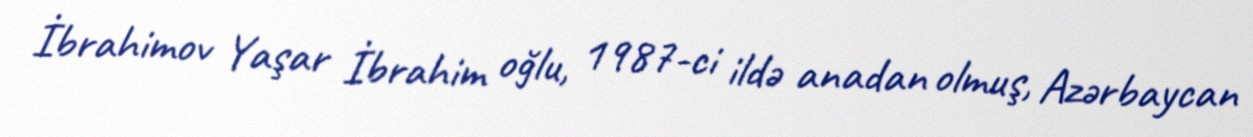
İbrahimov Yaşar İbrahim oğlu, 1987-ci ildə anadan olmuş, Azərbaycan